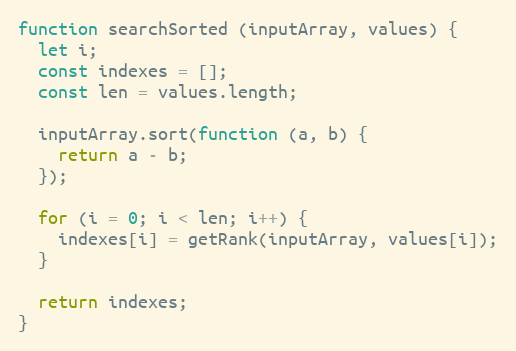
Language: JavaScript
function searchSorted (inputArray, values) {
  let i;
  const indexes = [];
  const len = values.length;

  inputArray.sort(function (a, b) {
    return a - b;
  });

  for (i = 0; i < len; i++) {
    indexes[i] = getRank(inputArray, values[i]);
  }

  return indexes;
}